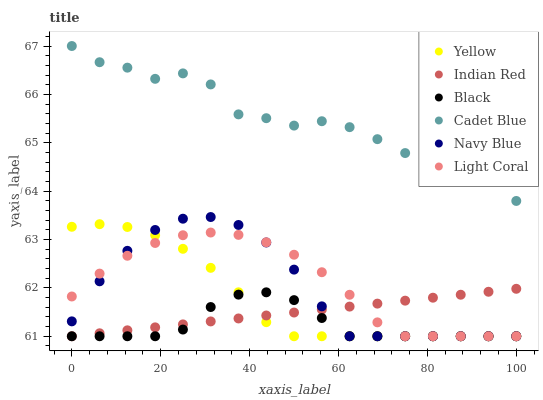
| xaxis_label | Yellow | Indian Red | Black | Cadet Blue | Navy Blue | Light Coral |
 | --- | --- | --- | --- | --- | --- | --- |
 | 0 | 63.3 | 61 | 61 | 67 | 61.3 | 61.8 |
 | 6.25 | 63.3 | 61.1 | 61 | 66.7 | 62.1 | 62.3 |
 | 12.5 | 63.3 | 61.1 | 61 | 66.6 | 62.8 | 62.7 |
 | 18.8 | 63.1 | 61.2 | 61 | 66.3 | 63.2 | 62.9 |
 | 25 | 62.8 | 61.2 | 61.1 | 66.4 | 63.4 | 63.1 |
 | 31.2 | 62.4 | 61.3 | 61.6 | 66.2 | 63.5 | 63.1 |
 | 37.5 | 61.9 | 61.4 | 61.9 | 65.6 | 63.3 | 63.1 |
 | 43.8 | 61.3 | 61.4 | 61.9 | 65.5 | 62.9 | 62.9 |
 | 50 | 61 | 61.5 | 61.7 | 65.4 | 62.4 | 62.7 |
 | 56.2 | 61 | 61.6 | 61.4 | 65.4 | 61.6 | 62.3 |
 | 62.5 | 61 | 61.6 | 61 | 65.3 | 61 | 61.9 |
 | 68.8 | 61 | 61.7 | 61 | 65.1 | 61 | 61.3 |
 | 75 | 61 | 61.7 | 61 | 64.8 | 61 | 61 |
 | 81.2 | 61 | 61.8 | 61 | 64.4 | 61 | 61 |
 | 87.5 | 61 | 61.9 | 61 | 64.6 | 61 | 61 |
 | 93.8 | 61 | 61.9 | 61 | 64.4 | 61 | 61 |
 | 100 | 61 | 62 | 61 | 63.8 | 61 | 61 |